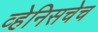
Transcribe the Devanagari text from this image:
व्हेनिसचेच